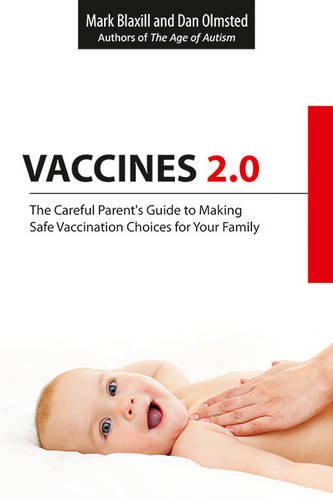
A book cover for Vaccines 2.0: The Careful Parent's Guide to Making Safe Vaccination Choices for Your Family; Mark Blaxill; Medical Books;